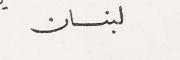
لبنان